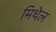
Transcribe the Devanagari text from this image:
मिथेल